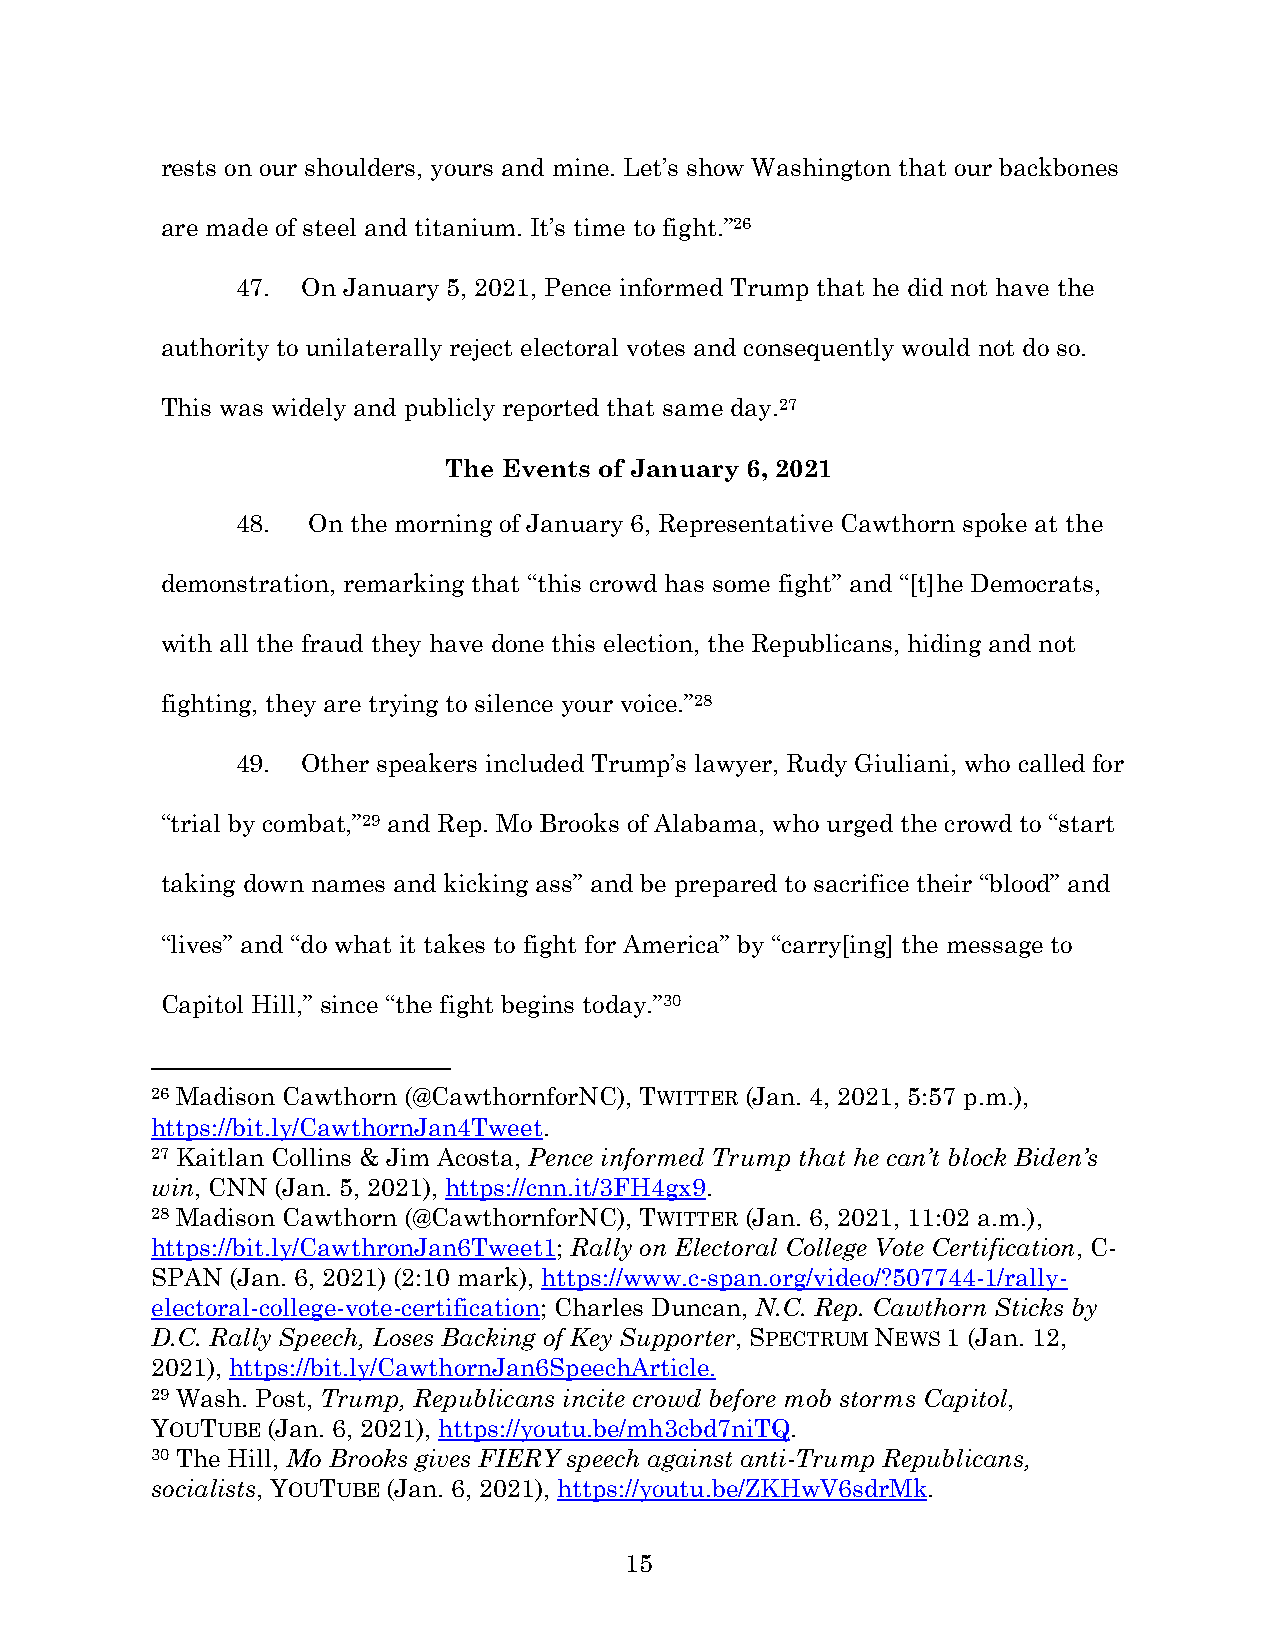
rests on our shoulders, yours and mine. Let’s show Washington that our backbones
 are made of steel and titanium. It’s time to fight.”26
 47. On January 5, 2021, Pence informed Trump that he did not have the
 authority to unilaterally reject electoral votes and consequently would not do so.
 This was widely and publicly reported that same day.27
 The Events of January 6, 2021
 48. On the morning of January 6, Representative Cawthorn spoke at the
 demonstration, remarking that “this crowd has some fight” and “[t]he Democrats,
 with all the fraud they have done this election, the Republicans, hiding and not
 fighting, they are trying to silence your voice.”28
 49. Other speakers included Trump’s lawyer, Rudy Giuliani, who called for
 “trial by combat,”29 and Rep. Mo Brooks of Alabama, who urged the crowd to “start
 taking down names and kicking ass” and be prepared to sacrifice their “blood” and
 “lives” and “do what it takes to fight for America” by “carry[ing] the message to
 Capitol Hill,” since “the fight begins today.”30
 26 Madison Cawthorn (@CawthornforNC), TWITTER (Jan. 4, 2021, 5:57 p.m.),
 https://bit.ly/CawthornJan4Tweet.
 27 Kaitlan Collins & Jim Acosta, Pence informed Trump that he can’t block Biden’s
 win, CNN (Jan. 5, 2021), https://cnn.it/3FH4gx9.
 28 Madison Cawthorn (@CawthornforNC), TWITTER (Jan. 6, 2021, 11:02 a.m.),
 https://bit.ly/CawthronJan6Tweet1; Rally on Electoral College Vote Certification, C-
 SPAN (Jan. 6, 2021) (2:10 mark), https://www.c-span.org/video/?507744-1/rally-
 electoral-college-vote-certification; Charles Duncan, N.C. Rep. Cawthorn Sticks by
 D.C. Rally Speech, Loses Backing of Key Supporter, SPECTRUM NEWS 1 (Jan. 12,
 2021), https://bit.ly/CawthornJan6SpeechArticle.
 29 Wash. Post, Trump, Republicans incite crowd before mob storms Capitol,
 YOUTUBE (Jan. 6, 2021), https://youtu.be/mh3cbd7niTQ.
 30 The Hill, Mo Brooks gives FIERY speech against anti-Trump Republicans,
 socialists, YOUTUBE (Jan. 6, 2021), https://youtu.be/ZKHwV6sdrMk.
 15